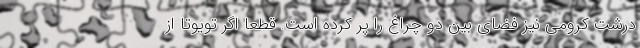
درشت کرومی نیز فضای بین دو چراغ را پر کرده است. قطعا اگر تویوتا از